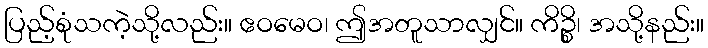
ပြည့်စုံသကဲ့သို့လည်း။ ဧဝမေဝ၊ ဤအတူသာလျှင်။ ကိဉ္စိ၊ အသို့နည်း။